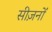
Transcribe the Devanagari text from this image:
सीज़नोंं